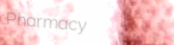
Pharmacy